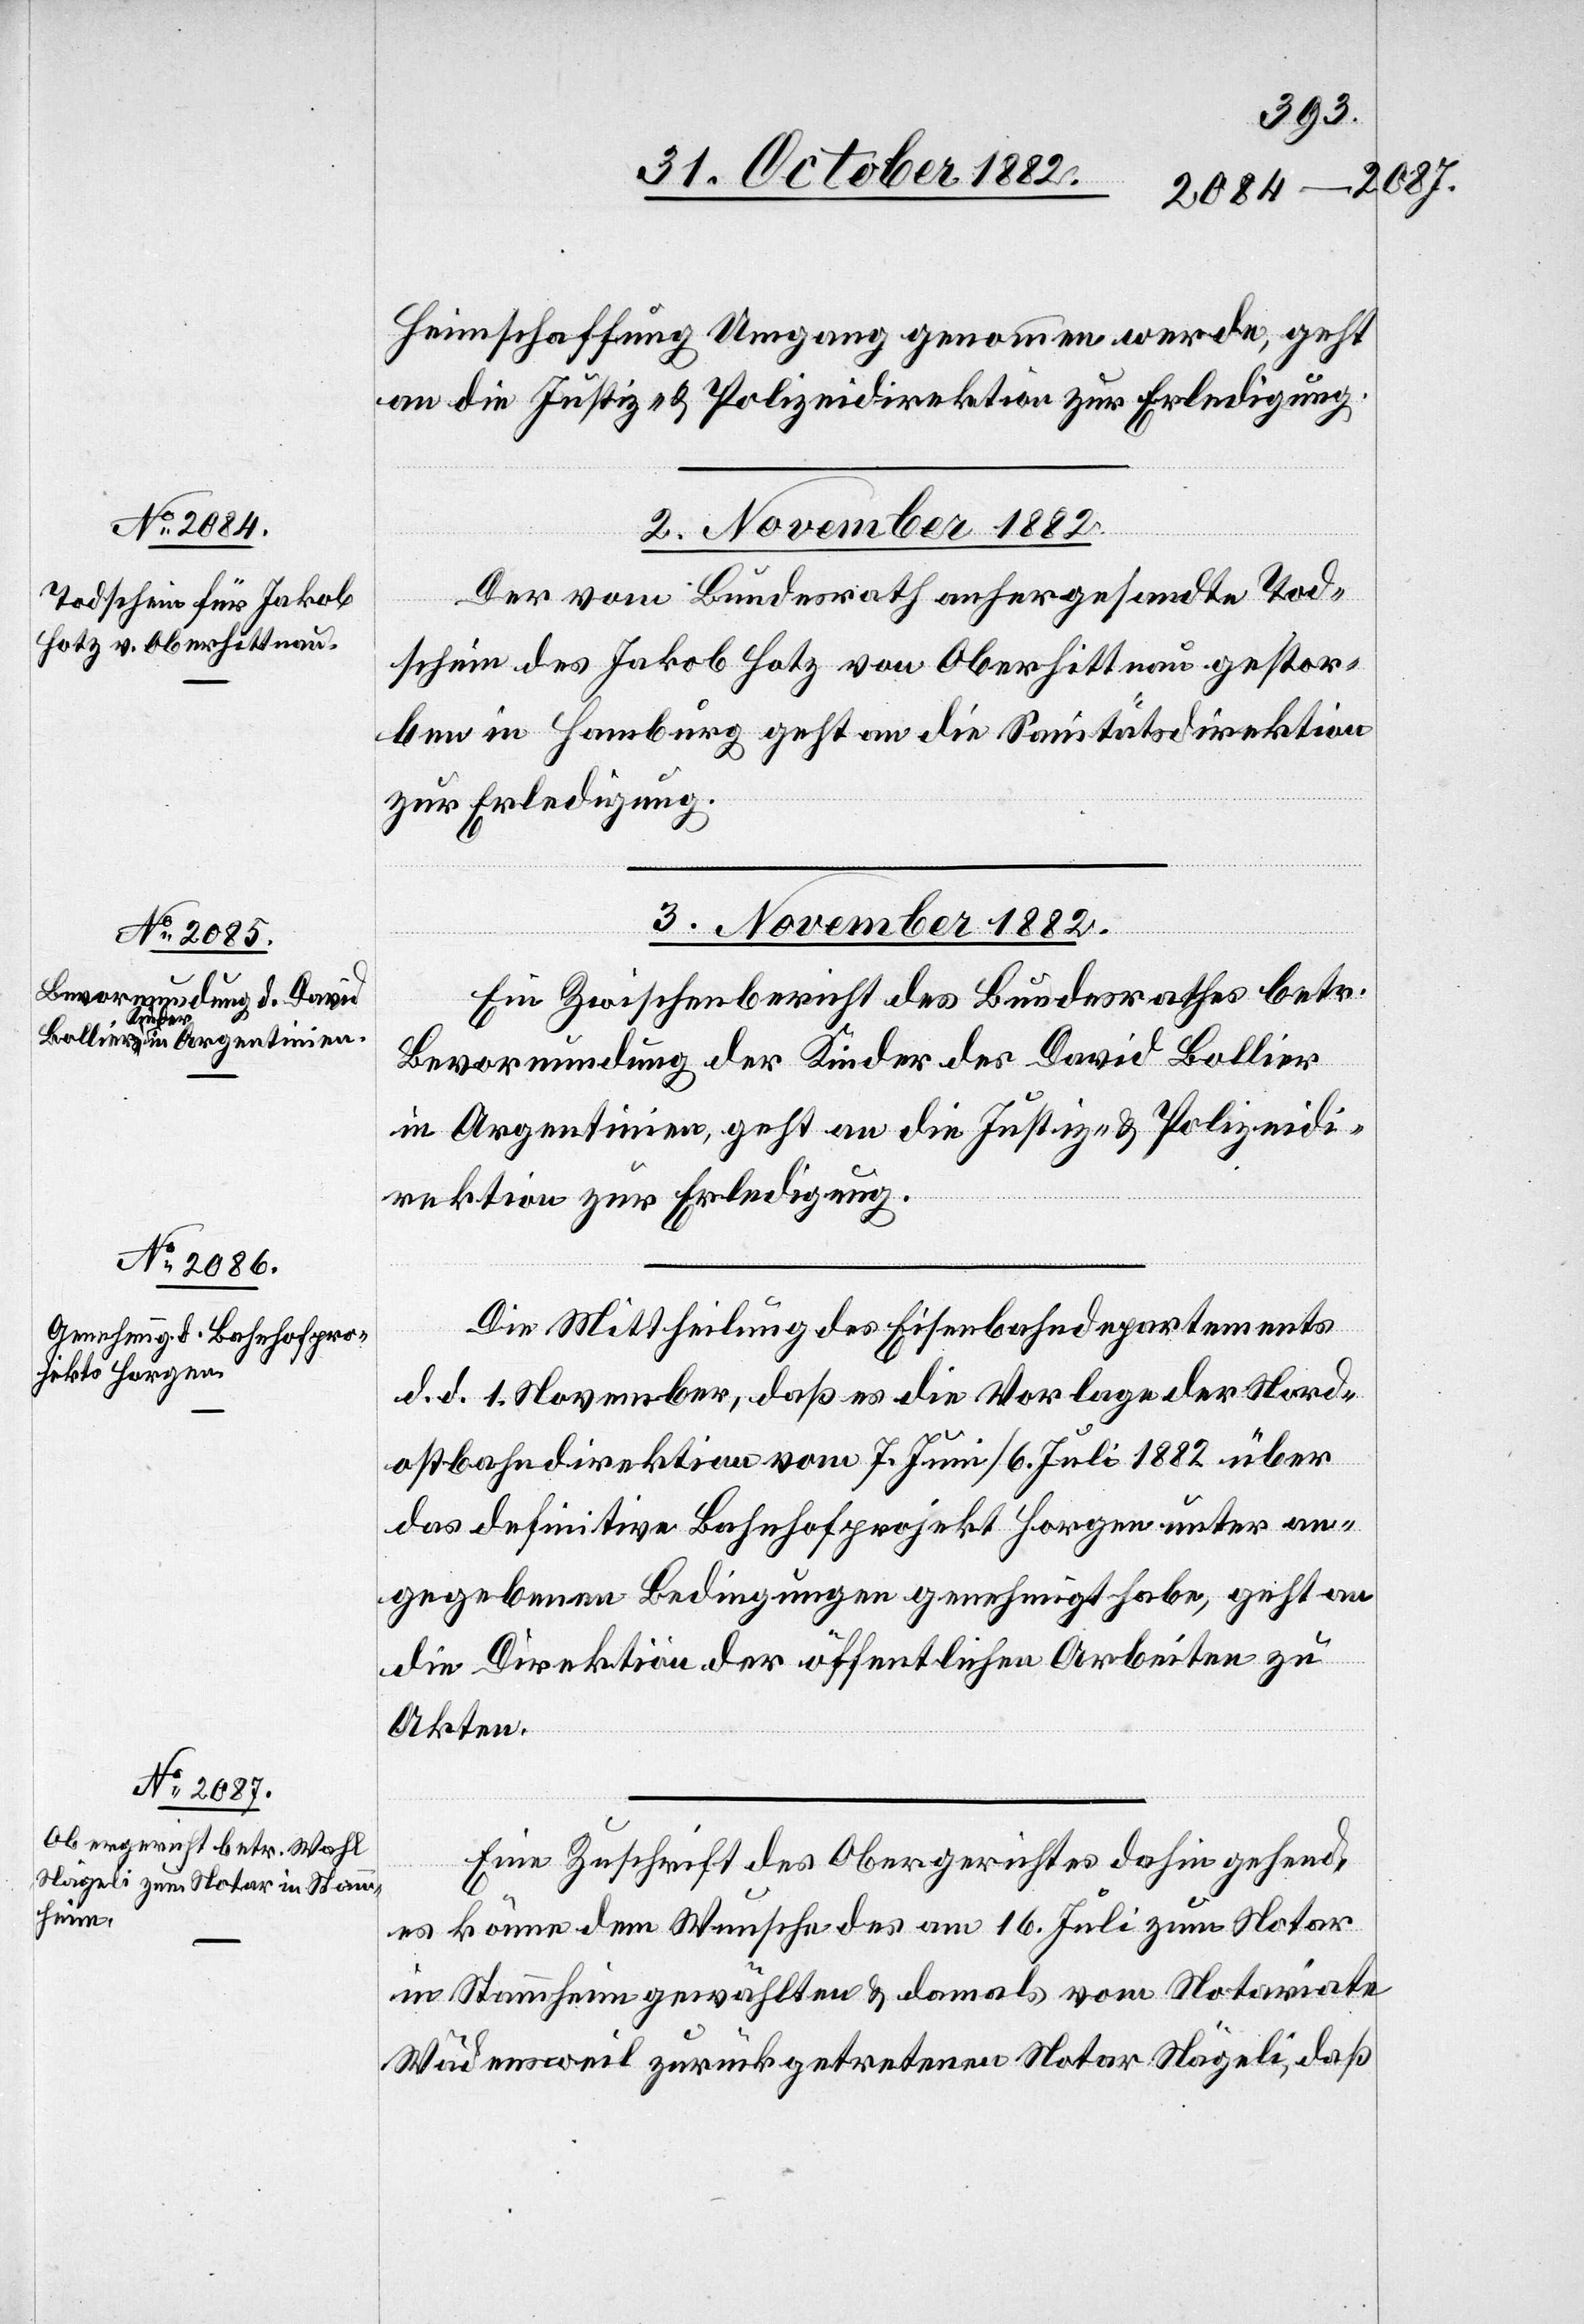
Heimschaffung Umgang genommen werde, geht
an die Justiz- & Polizeidirektion zur Erledigung.
3. November 1882.]
Der vom Bundesrath anhergesandte Tod¬
schein des Jakob Hotz von Oberhittnau gestor¬
ben in Hamburg geht an die Sanitätsdirektion
zur Erledigung.
3. November 1882.
Ein Zwischenbericht des Bundesrathes betr.
Bevormundung der Kinder des David Bollier
in Argentinien, geht an die Justiz- & Polizeidi¬
rektion zur Erledigung.
Die Mittheilung des Eisenbahndepartements
d. d. 1. November, daß es die Vorlage der Nord¬
ostbahndirektion vom 7. Juni/6. Juli 1882 über
das definitive Bahnhofprojekt Horgen unter an¬
gegebenen Bedingungen genehmigt habe, geht an
die Direktion der öffentlichen Arbeiten zu
Akten.
Eine Zuschrift des Obergerichtes dahin gehend,
es könne dem Wunsche des am 16. Juli zum Notar
in Stammheim gewählten & damals vom Notariate
Wädensweil zurückgetretenen Notar Nägeli, daß